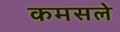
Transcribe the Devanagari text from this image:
कमसले